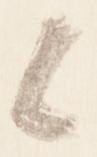
候